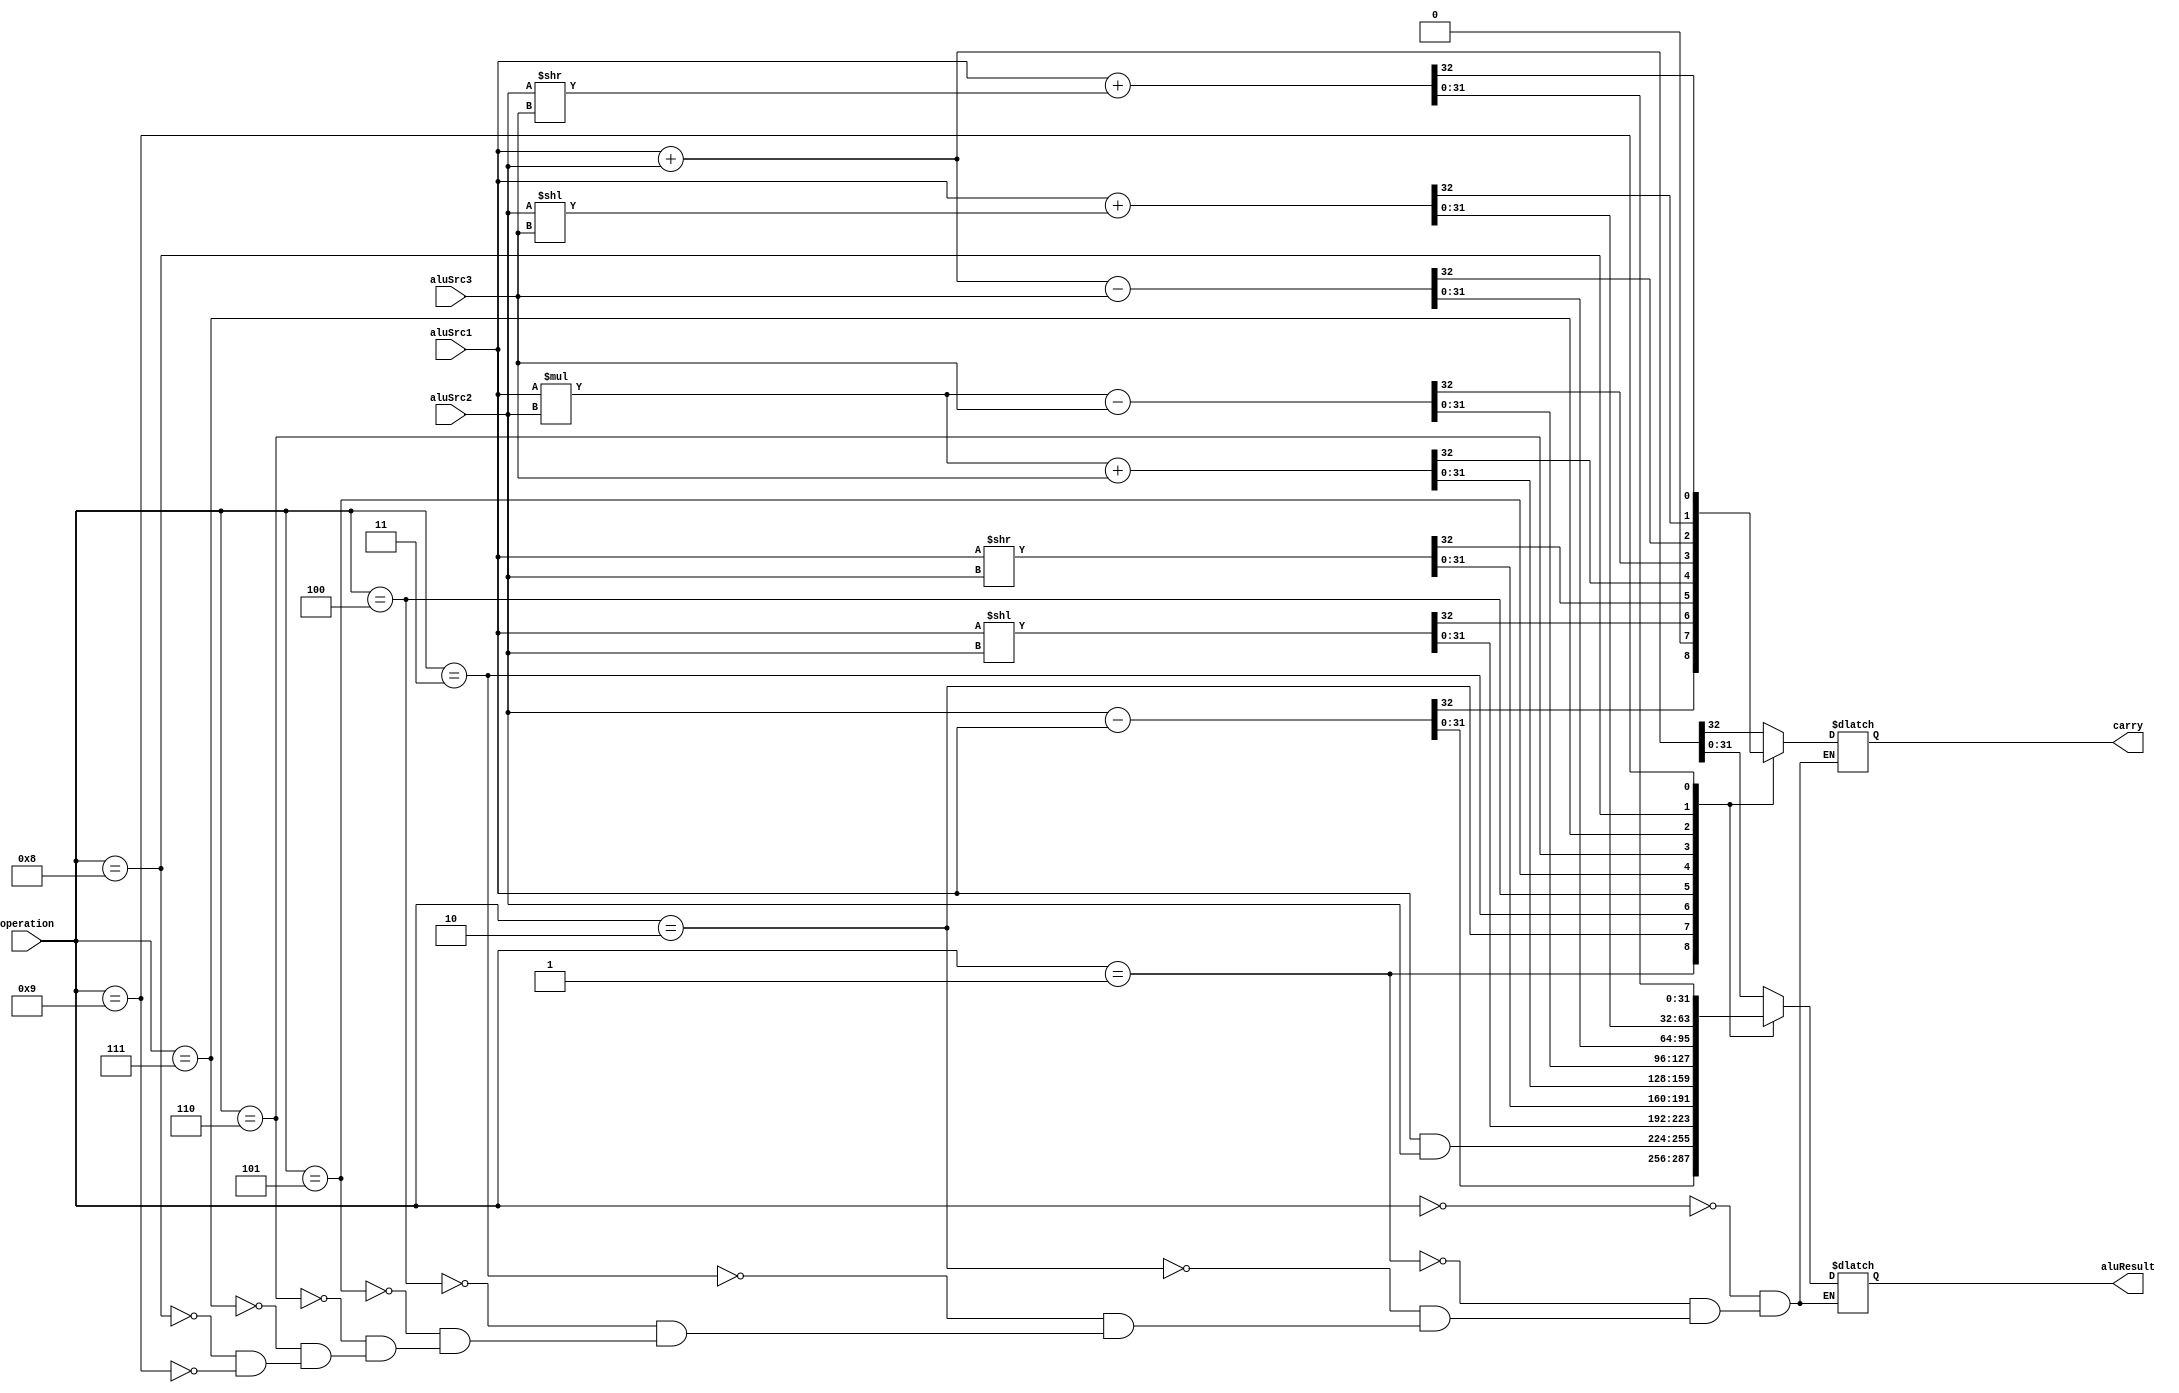
module alu(input [31:0] aluSrc1, input [31:0] aluSrc2, input [31:0] aluSrc3, input [3:0] operation, output reg [31:0] aluResult, output reg carry);
	reg [32:0] temp;
	always @ (aluSrc1,aluSrc2,aluSrc3,operation)
	begin
		case(operation)
			4'b0000:	{carry,aluResult}=aluSrc1+aluSrc2;
			4'b0001:	{carry,aluResult}=aluSrc2-aluSrc1;
			4'b0010:	begin	
							aluResult=aluSrc1&aluSrc2;
							carry=1'b0;
						end		
			4'b0011:	{carry,aluResult}=aluSrc1<<aluSrc2;
			4'b0100:	{carry,aluResult}=aluSrc1>>aluSrc2;
			4'b0101:	{carry,aluResult}=(aluSrc1*aluSrc2)+aluSrc3;
			4'b0110:	{carry,aluResult}=(aluSrc1*aluSrc2)-aluSrc3;
			4'b0111:	{carry,aluResult}=(aluSrc1+aluSrc2)-aluSrc3;
			4'b1000:	{carry,aluResult}=aluSrc1+(aluSrc2<<aluSrc3);
			4'b1001:	{carry,aluResult}=aluSrc1+(aluSrc2>>aluSrc3);
		endcase
	end
endmodule

/*

aluOp:

0000		src1+src2
0001		src2-src1
0010		src1&src2
0011		src1<<src2
0100		src1>>src2
0101		(src1*src2)+src3
0110		(src1*src2)-src3
0111		src1+src2-src3
1000		src1+(src2<<src3)
1001		src1+(src2>>src3)

*/